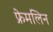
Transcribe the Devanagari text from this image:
फ्रेमलिन